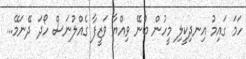
ހަމަ ގައިމު އިނދިކީލި މީހުން ބުނޭ ވިއްޔާ ވަޒީފާ ގެއްލުނަސް ހޯދަ ދޭނަމޭ...